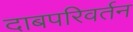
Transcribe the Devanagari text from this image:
दाबपरिवर्तन